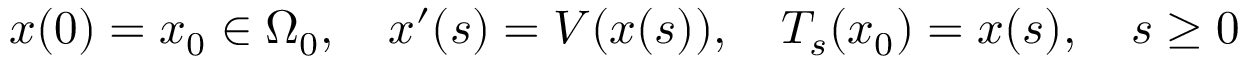
x ( 0 ) = x _ { 0 } \in \Omega _ { 0 } , \quad x ^ { \prime } ( s ) = V ( x ( s ) ) , \quad T _ { s } ( x _ { 0 } ) = x ( s ) , \quad s \geq 0